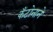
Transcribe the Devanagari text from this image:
कँटोनाने